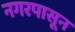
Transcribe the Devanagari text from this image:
नगरपासून